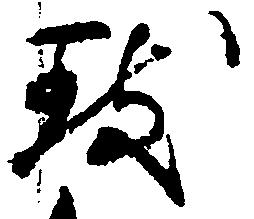
致